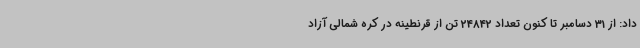
داد: از 31 دسامبر تا کنون تعداد 24842 تن از قرنطینه در کره شمالی آزاد